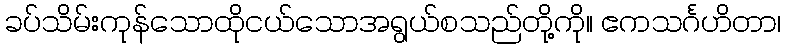
ခပ်သိမ်းကုန်သောထိုငယ်သောအရွယ်စသည်တို့ကို။ ဧကသင်္ဂဟိတာ၊